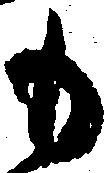
も